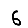
Digit: 6